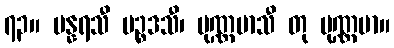
၇၃။ ပန္နရသီ ပဉ္စဒသီ၊ ပုဏ္ဏမာသီ တု ပုဏ္ဏမာ။